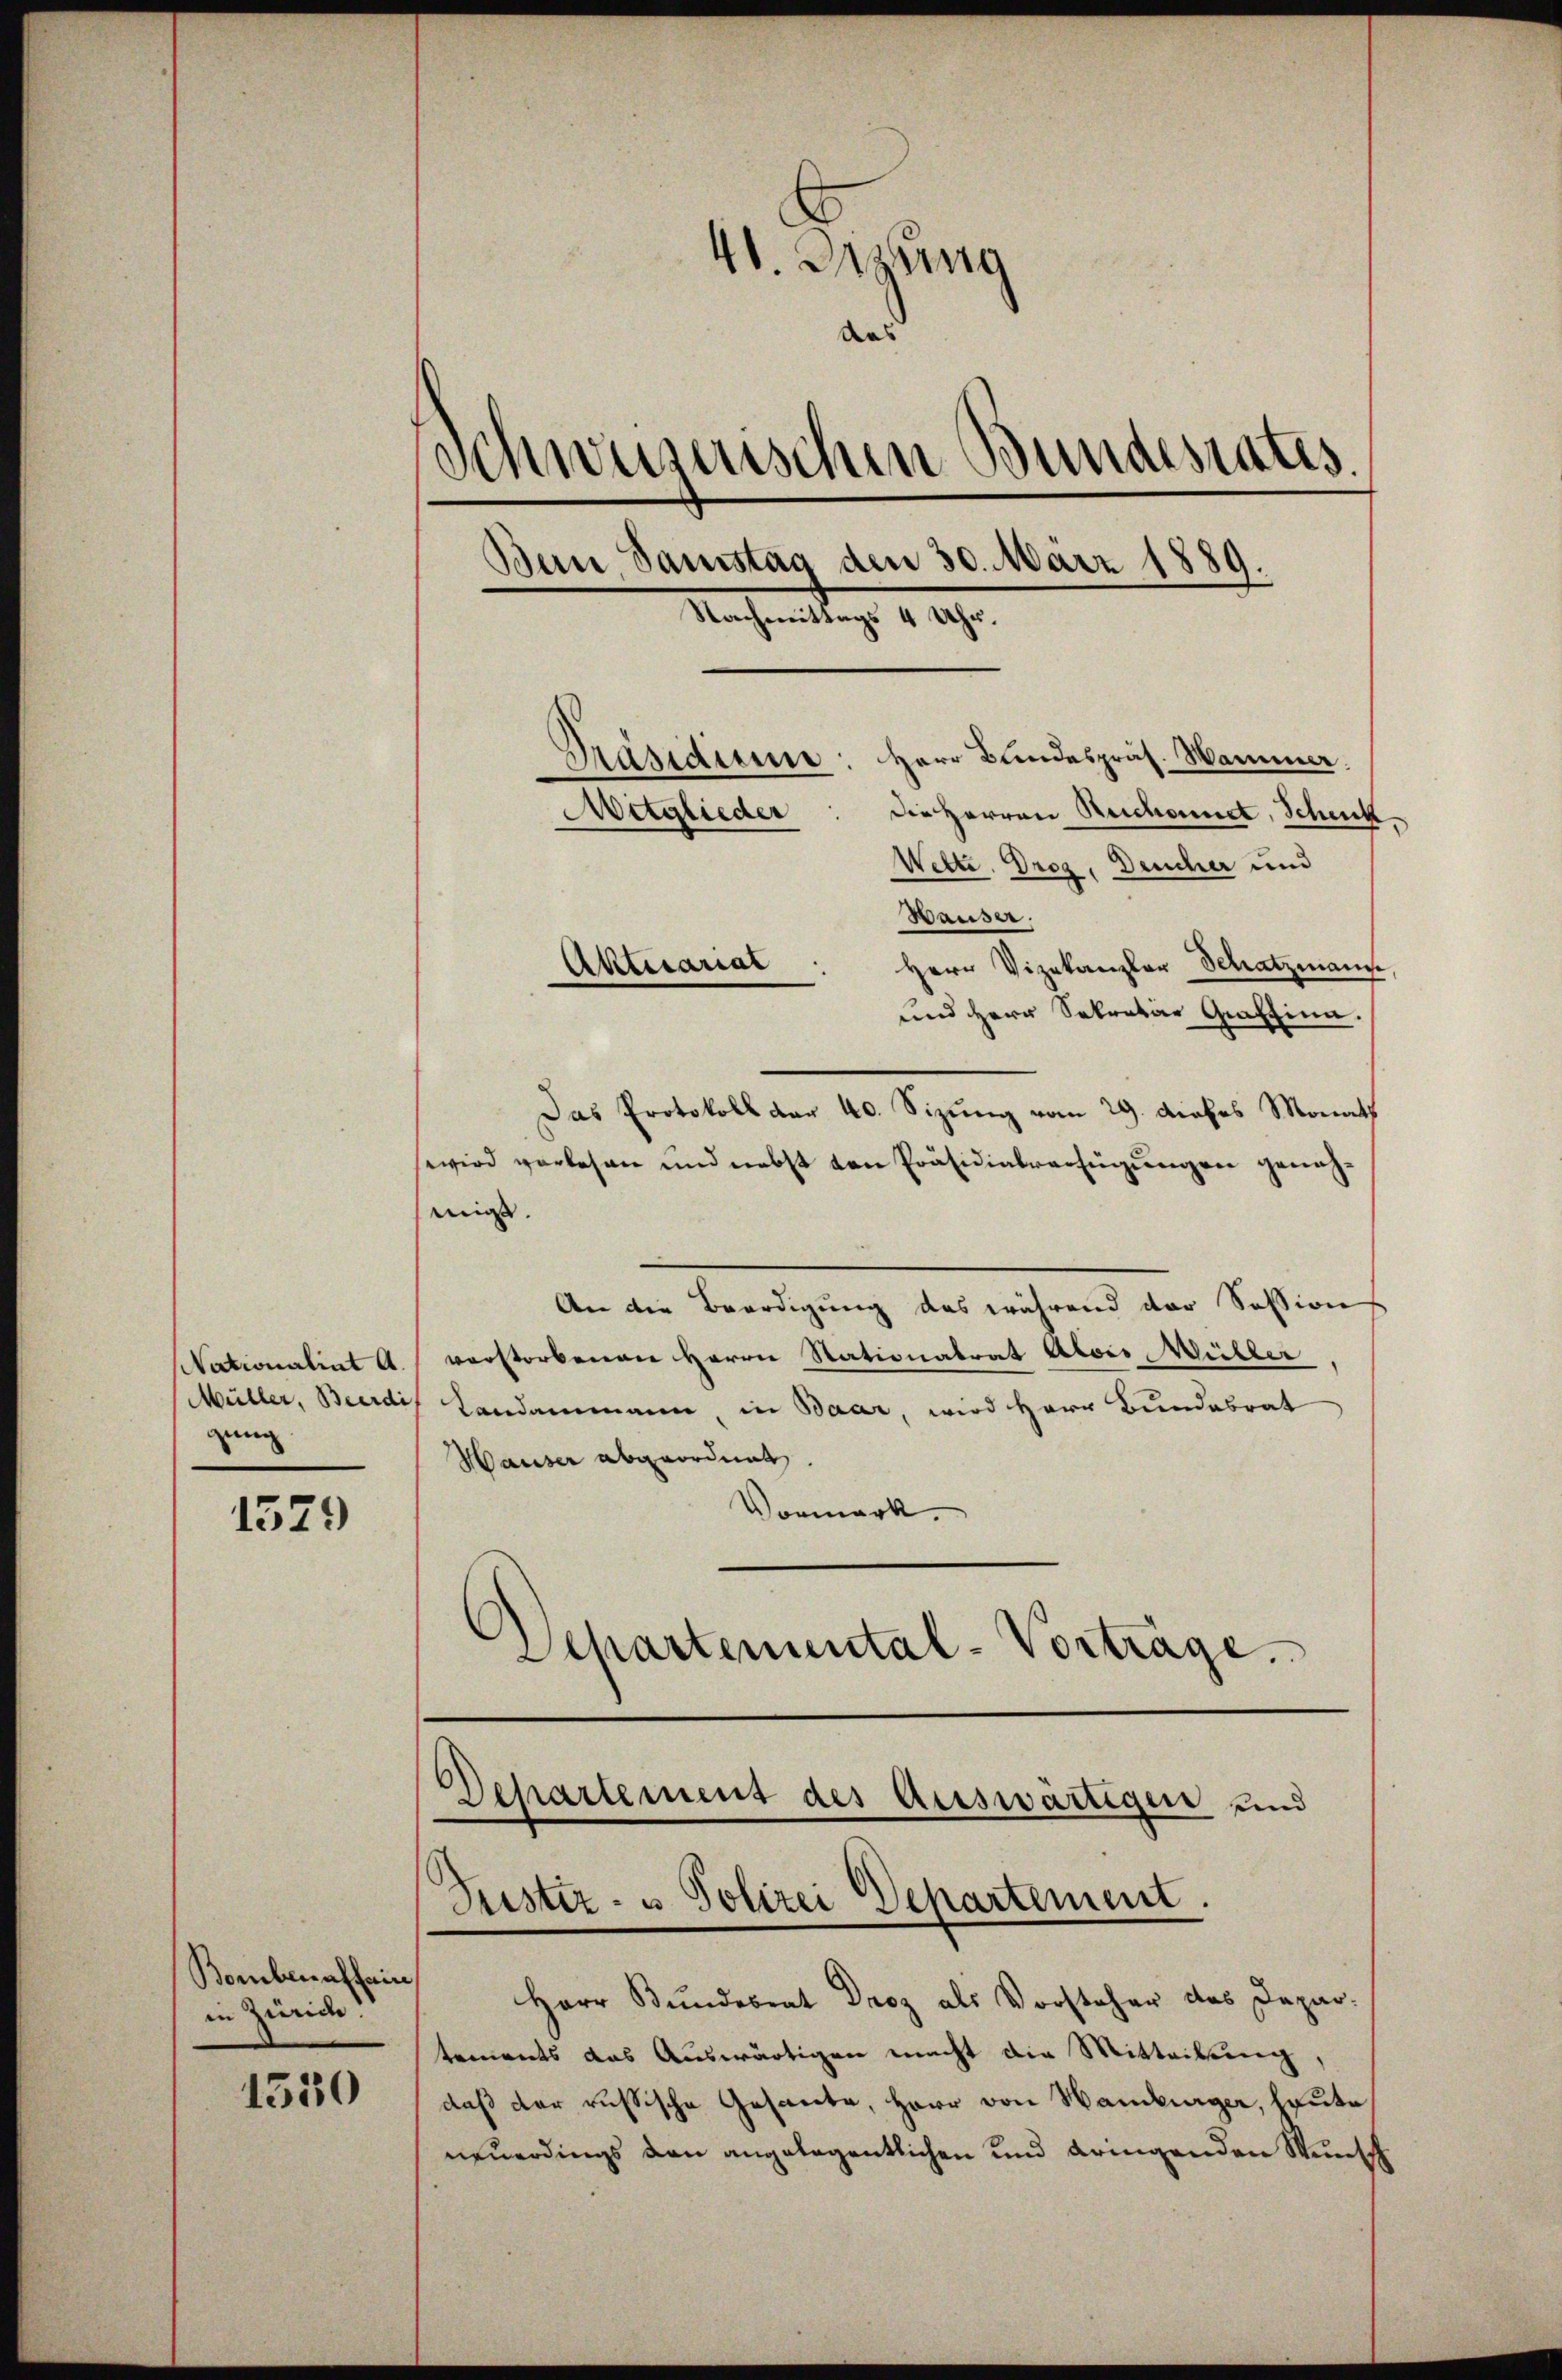
Nationalint A.
(Müller, Beerdi
gung

1579

40. Jung
ad
Schweiseischen Bundesrates.
Bein Samstag den 30. März 1889.
Nachmittags 1 1890.
Präsidiume: Herr Bundespräs. Wammer.
Die Herren Reichennet, Schick
Mitglieder
Wette. Drog, Deucher und

Bombenalhain,
in Zürich.
1330

Wauser.
Herr Vizekanzler Schatzmann.
und Herr Sekretär Graffinn.
Das Protokoll der 40. Sizung vom 29. Diebes Monats
wwird verlesen und nebst von Präsidialverfügungen genehmis.
An die Beerdigung das während der Session
verstorbenen Herrn Stationalrat Alois, Wübler
Landammann, in Baar, wird Herr Bundesrat
Hauser abgeordnet.
Vormerk.
Departemental-Vorträge.

Aktuariat

Herr Bundesrat Droz als Vorsteher das Departements das Auswärtigen macht die Mitteilung,
daß der russische Gesante, Herr von Hamburger, heute
neuerdings den angelegentlichen und dringenden Wunsch

Departement des Auswärtigen und
Preister- u Polizei Departement.